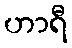
ဟာရီ